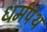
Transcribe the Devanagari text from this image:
धर्मपंथ